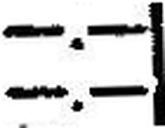
—.—